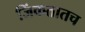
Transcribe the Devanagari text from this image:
जिंकतातच